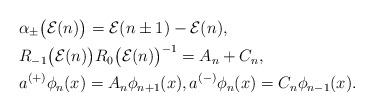
LaTeX: \begin{align*} &\alpha_{\pm}\bigl(\mathcal{E}(n)\bigr) =\mathcal{E}(n\pm 1)-\mathcal{E}(n), \\ &R_{-1}\bigl(\mathcal{E}(n)\bigr)R_0\bigl(\mathcal{E}(n)\bigr)^{-1} =A_n+C_n, \\ &a^{(+)}\phi_n(x)=A_n\phi_{n+1}(x), a^{(-)}\phi_n(x)=C_n\phi_{n-1}(x). \end{align*}